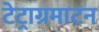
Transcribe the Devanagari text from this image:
टेट्राग्रमाटन